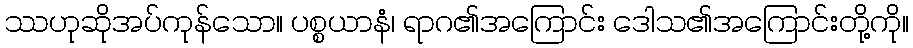
ဿဟုဆိုအပ်ကုန်သော။ ပစ္စယာနံ၊ ရာဂ၏အကြောင်း ဒေါသ၏အကြောင်းတို့ကို။